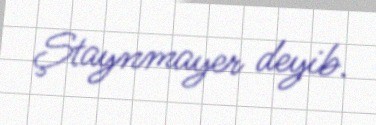
Ştaynmayer deyib.